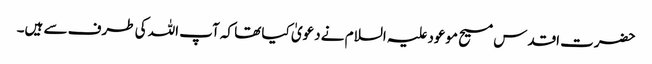
حضرت اقدس مسیح موعود علیہ السلام نے دعویٰ کیا تھا کہ آپ اللہ کی طرف سے ہیں۔